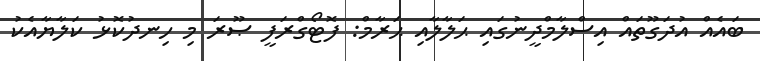
ބައެއް އުދަގޫތައް އިސްލާމްދީނުގައި ޙަލާލާއި ޙަރާމް: ފޮޓޯގްރަފީ ޞޫރަ މި ހިނދުކޮޅު ކަލާޔާއެކު